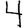
Digit: 4